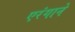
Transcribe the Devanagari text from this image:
एरंगाने